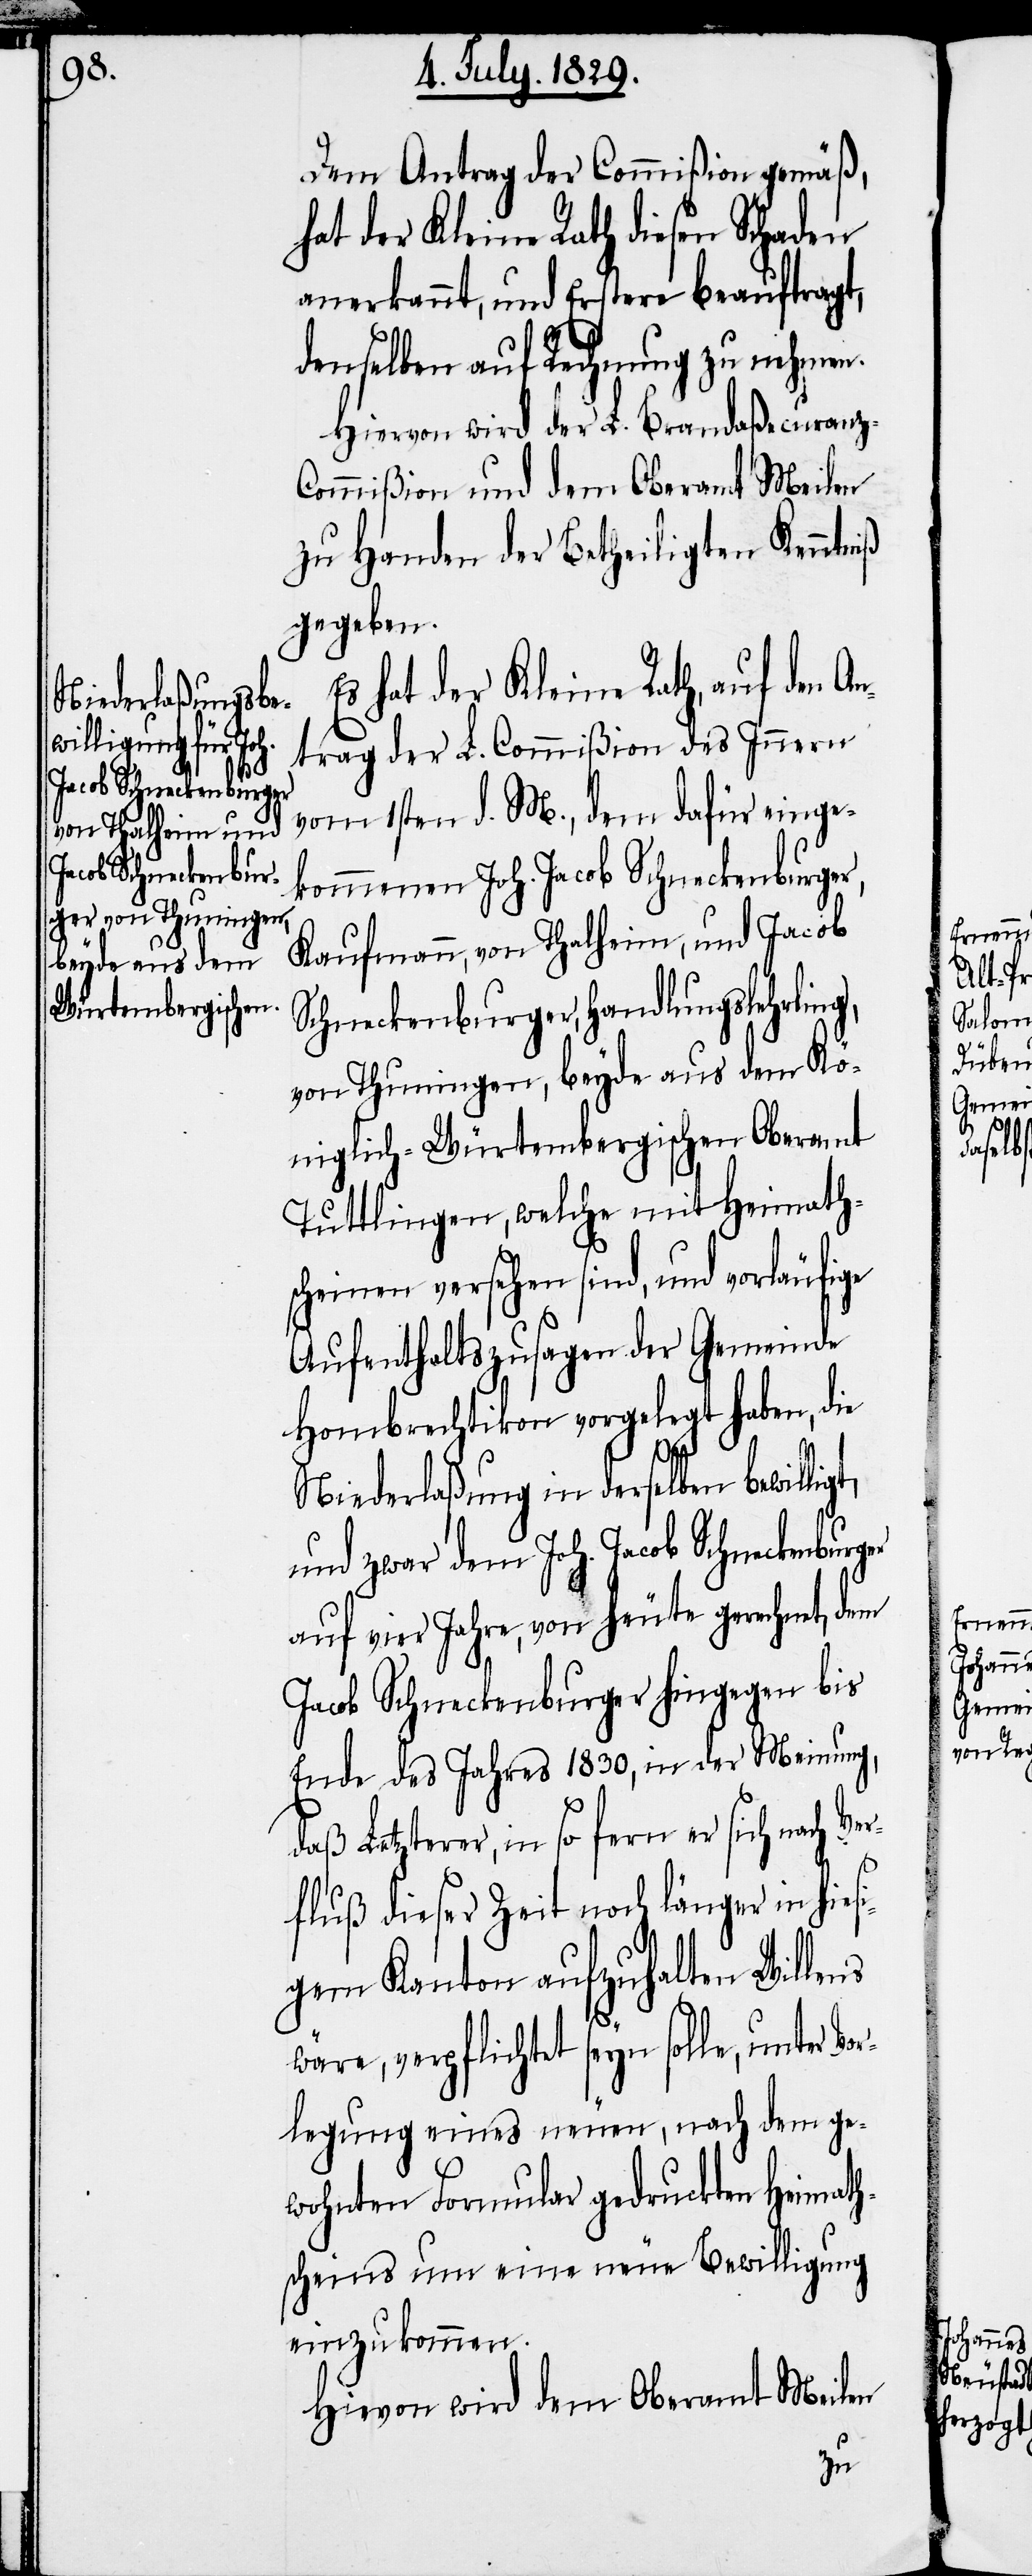
Dem Antrag der Commißion gemäß,
hat der Kleine Rath diesen Schaden
anerkannt, und Erstere beauftragt,
denselben auf Rechnung zu nehmen.
Hiervon wird der L. Brandaßecuranz-C¬
ommißion und dem Oberamt Meilen
zu Handen der Betheiligten Kenntniß
gegeben.
Es hat der Kleine Rath, auf den A¬
ntrag der L. Commißion des Innern
vom 1sten d. M., dem dafür einge¬
kommenen Joh. Jacob Schneckenburger,
Kaufmann, von Thalheim, und Jacob
Schneckenburger, Handlungslehrling,
von Thuningen, beyde aus dem Kö¬
niglich-Würtembergischen Oberamt
Tuttlingen, welche mit Heimath¬
scheinen versehen sind, und vorläufige
Aufenthaltszusagen der Gemeinde
Hombrechtikon vorgelegt haben, die
Niederlaßung in derselben bewillig¬
und zwar dem Joh. Jacob Schneckenburg¬
auf vier Jahre, von heute gerechnet, dem
Jacob Schneckenburger hingegen bis
Ende des Jahres 1830, in der Meinung,
daß Letzterer, in so fern er sich nach Ve¬
rfluß dieser Zeit noch länger in hies¬
igem Kanton aufzuhalten Willen
wäre, verpflichtet seyn solle, unter Vo¬
rlegung eines neuen, nach dem ge¬
wohnten Formular gedruckten Heimath¬
scheins um eine neue Bewilligung
einzukommen.
Hievon wird dem Oberamt Meilen

er